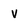
Character: v